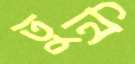
তুনি